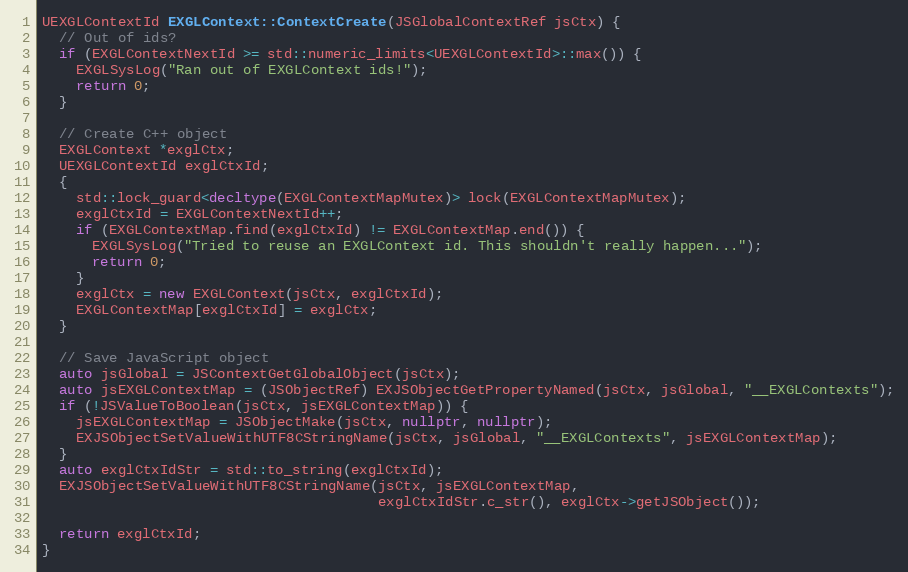
Language: C++
UEXGLContextId EXGLContext::ContextCreate(JSGlobalContextRef jsCtx) {
  // Out of ids?
  if (EXGLContextNextId >= std::numeric_limits<UEXGLContextId>::max()) {
    EXGLSysLog("Ran out of EXGLContext ids!");
    return 0;
  }

  // Create C++ object
  EXGLContext *exglCtx;
  UEXGLContextId exglCtxId;
  {
    std::lock_guard<decltype(EXGLContextMapMutex)> lock(EXGLContextMapMutex);
    exglCtxId = EXGLContextNextId++;
    if (EXGLContextMap.find(exglCtxId) != EXGLContextMap.end()) {
      EXGLSysLog("Tried to reuse an EXGLContext id. This shouldn't really happen...");
      return 0;
    }
    exglCtx = new EXGLContext(jsCtx, exglCtxId);
    EXGLContextMap[exglCtxId] = exglCtx;
  }

  // Save JavaScript object
  auto jsGlobal = JSContextGetGlobalObject(jsCtx);
  auto jsEXGLContextMap = (JSObjectRef) EXJSObjectGetPropertyNamed(jsCtx, jsGlobal, "__EXGLContexts");
  if (!JSValueToBoolean(jsCtx, jsEXGLContextMap)) {
    jsEXGLContextMap = JSObjectMake(jsCtx, nullptr, nullptr);
    EXJSObjectSetValueWithUTF8CStringName(jsCtx, jsGlobal, "__EXGLContexts", jsEXGLContextMap);
  }
  auto exglCtxIdStr = std::to_string(exglCtxId);
  EXJSObjectSetValueWithUTF8CStringName(jsCtx, jsEXGLContextMap,
                                        exglCtxIdStr.c_str(), exglCtx->getJSObject());

  return exglCtxId;
}